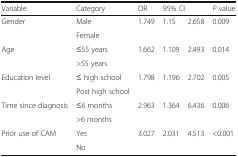
| Variable | Category | OR | <COLSPAN=2> 95% CI | P value |
 | --- | --- | --- | --- | --- | --- |
 | <ROWSPAN=2> Gender | Male | <ROWSPAN=2> 1.749 | <ROWSPAN=2> 1.15 | <ROWSPAN=2> 2.658 | <ROWSPAN=2> 0.009 |
 | Female |
 | <ROWSPAN=2> Age | ≤55 years | <ROWSPAN=2> 1.662 | <ROWSPAN=2> 1.109 | <ROWSPAN=2> 2.493 | <ROWSPAN=2> 0.014 |
 | >55 years |
 | <ROWSPAN=2> Education level | ≤ high school | <ROWSPAN=2> 1.798 | <ROWSPAN=2> 1.196 | <ROWSPAN=2> 2.702 | <ROWSPAN=2> 0.005 |
 | Post high school |
 | <ROWSPAN=2> Time since diagnosis | ≤6 months | <ROWSPAN=2> 2.963 | <ROWSPAN=2> 1.364 | <ROWSPAN=2> 6.436 | <ROWSPAN=2> 0.006 |
 | >6 months |
 | <ROWSPAN=2> Prior use of CAM | Yes | <ROWSPAN=2> 3.027 | <ROWSPAN=2> 2.031 | <ROWSPAN=2> 4.513 | <ROWSPAN=2> <0.001 |
 | No |